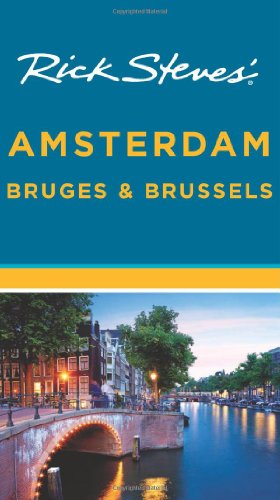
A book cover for Rick StevesEE Amsterdam, Bruges & Brussels; Rick Steves; Travel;